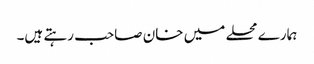
ہمارے محلے میں خان صاحب رہتے ہیں۔